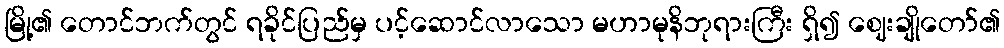
မြို့၏ တောင်ဘက်တွင် ရခိုင်ပြည်မှ ပင့်ဆောင်လာသော မဟာမုနိဘုရားကြီး ရှိ၍ ဈေးချိုတော်၏